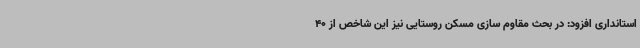
استانداری افزود: در بحث مقاوم سازی مسکن روستایی نیز این شاخص از 40